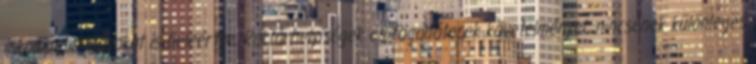
inkompatibilitásokat is beleértve. Raktárhelyiségek és fogadóterek követelményei: nincsenek különleges